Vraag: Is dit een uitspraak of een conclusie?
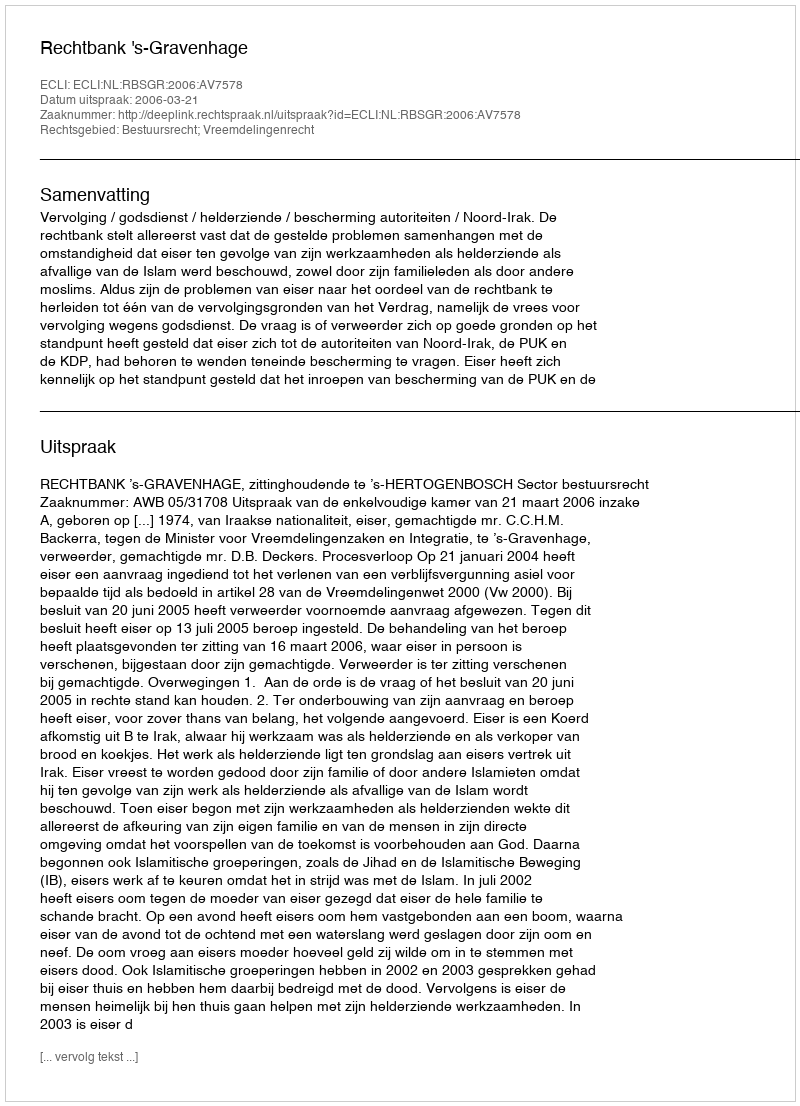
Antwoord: Uitspraak